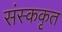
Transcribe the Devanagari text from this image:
संस्ककृत